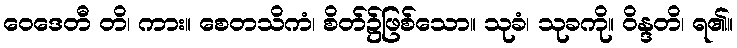
ဝေဒေတီ တိ၊ ကား။ စေတသိကံ၊ စိတ်၌ဖြစ်သော။ သုခံ၊ သုခကို။ ဝိန္ဒတိ၊ ရ၏။